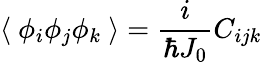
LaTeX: \langle~\phi_{i}\phi_{j}\phi_{k}~\rangle=\frac{i}{\hbar J_{0}}C_{ijk}